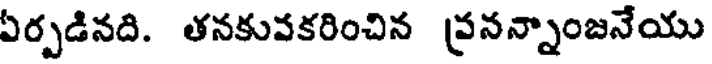
ఏర్పడినది. తనకువకరించిన (వనన్నాంజనేయు